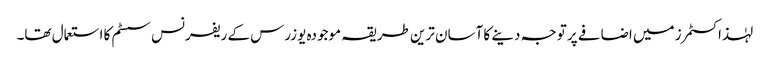
لہٰذا کسٹمرز میں اضافے پر توجہ دینے کا آسان ترین طریقہ موجودہ یوزرس کے ریفرنس سسٹم کا استعمال تھا۔